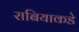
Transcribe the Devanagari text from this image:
राबियाकडे